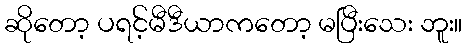
ဆိုတော့ ပရင့်မီဒီယာကတော့ မပြီးသေး ဘူး။